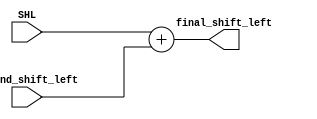
    module shift_left_adder (SHL , second_shift_left , final_shift_left);
input [4:0]SHL;
input second_shift_left;
output reg [4:0]final_shift_left;
always@(*)
begin
    final_shift_left = SHL + second_shift_left;
end
endmodule